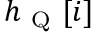
h _ { \mathrm { ~ Q ~ } } [ i ]